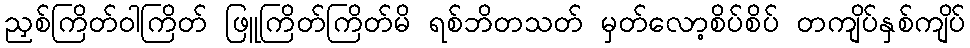
ညှစ်ကြိတ်ဝါကြိတ် ဖြူကြိတ်ကြိတ်မိ ရစ်ဘိတသတ် မှတ်လော့စိပ်စိပ် တကျိပ်နှစ်ကျိပ်